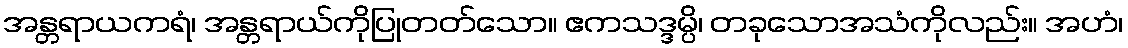
အန္တရာယကရံ၊ အန္တရာယ်ကိုပြုတတ်သော။ ဧကသဒ္ဒမ္ပိ၊ တခုသောအသံကိုလည်း။ အဟံ၊